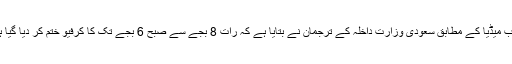
عرب میڈیا کے مطابق سعودی وزارت داخلہ کے ترجمان نے بتایا ہے کہ رات 8 بجے سے صبح 6 بجے تک کا کرفیو ختم کر دیا گیا ہے۔